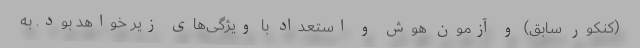
(کنکور سابق) و آزمون هوش و استعداد با ویژگی‌های زیر خواهد بود. به